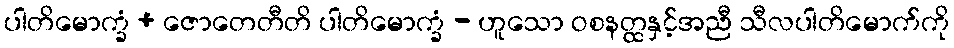
ပါတိမောက္ခံ + ဇောတေတီတိ ပါတိမောက္ခံ - ဟူသော ဝစနတ္ထနှင့်အညီ သီလပါတိမောက်ကို